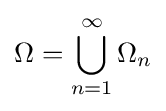
\Omega =\bigcup _{n=1}^{\infty }\Omega _{n}